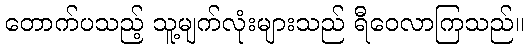
တောက်ပသည့် သူ့မျက်လုံးများသည် ရီဝေလာကြသည်။